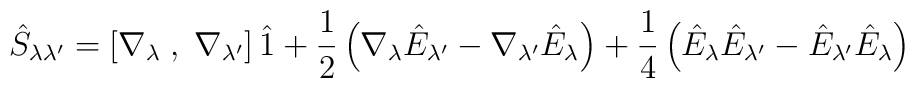
\hat{S}_{\lambda \lambda^{\prime}}=\left[ \nabla_{\lambda}\;,\;\nabla_{\lambda^{\prime}} \right] \hat{1}+ \frac{1}{2}\left( \nabla_{\lambda} \hat{E}_{\lambda^{\prime}}                  - \nabla_{\lambda^{\prime}} \hat{E}_{\lambda } \right)+\frac{1}{4}\left( \hat{E}_{\lambda} \hat{E}_{\lambda^{\prime}}                  - \hat{E}_{\lambda^{\prime}} \hat{E}_{\lambda } \right)